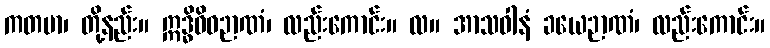
ကတမာ၊ တို့နည်း။ ဣဒ္ဓိဝိဓဉာဏံ၊ လည်းကောင်း။ လ။ အာသဝါနံ ခယေဉာဏံ၊ လည်းကောင်း။